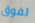
لفوق